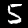
Digit: 5